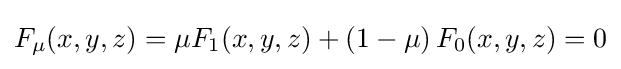
F_{\mu }(x,y,z)=\mu F_{1}(x,y,z)+(1-\mu )\,F_{0}(x,y,z)=0